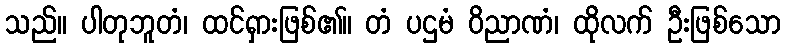
သည်။ ပါတုဘူတံ၊ ထင်ရှားဖြစ်၏။ တံ ပဌမံ ဝိညာဏံ၊ ထိုလက် ဦးဖြစ်သော